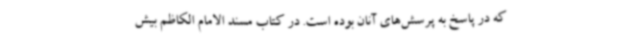
که در پاسخ به پرسش‌های آنان بوده است. در کتاب مسند الامام الکاظم بیش